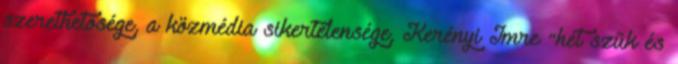
szerethetősége, a közmédia sikertelensége, Kerényi Imre “hét szűk és